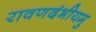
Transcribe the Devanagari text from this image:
रावणदंभीयमु